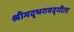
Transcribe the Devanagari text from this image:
श्रीमद्‍भगवद्‍गीता